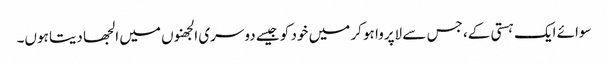
سوائے ایک ہستی کے، جس سے لاپروا ہو کر میں خود کو جیسے دوسری الجھنوں میں الجھا دیتا ہوں۔